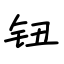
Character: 钮